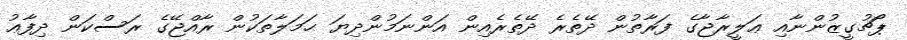
ޕޯޗުގީޒުންނާއި ޢަލީރާޖާގެ ފަރާތުން ދޭތެރެ ދޭތެރެއިން އަންނަމުންދިޔަ ޙަމަލާތަކުން ރާއްޖޭގެ ރަސްކަން ދިފާޢު